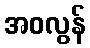
အဝလွန်